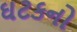
ઘટકનો